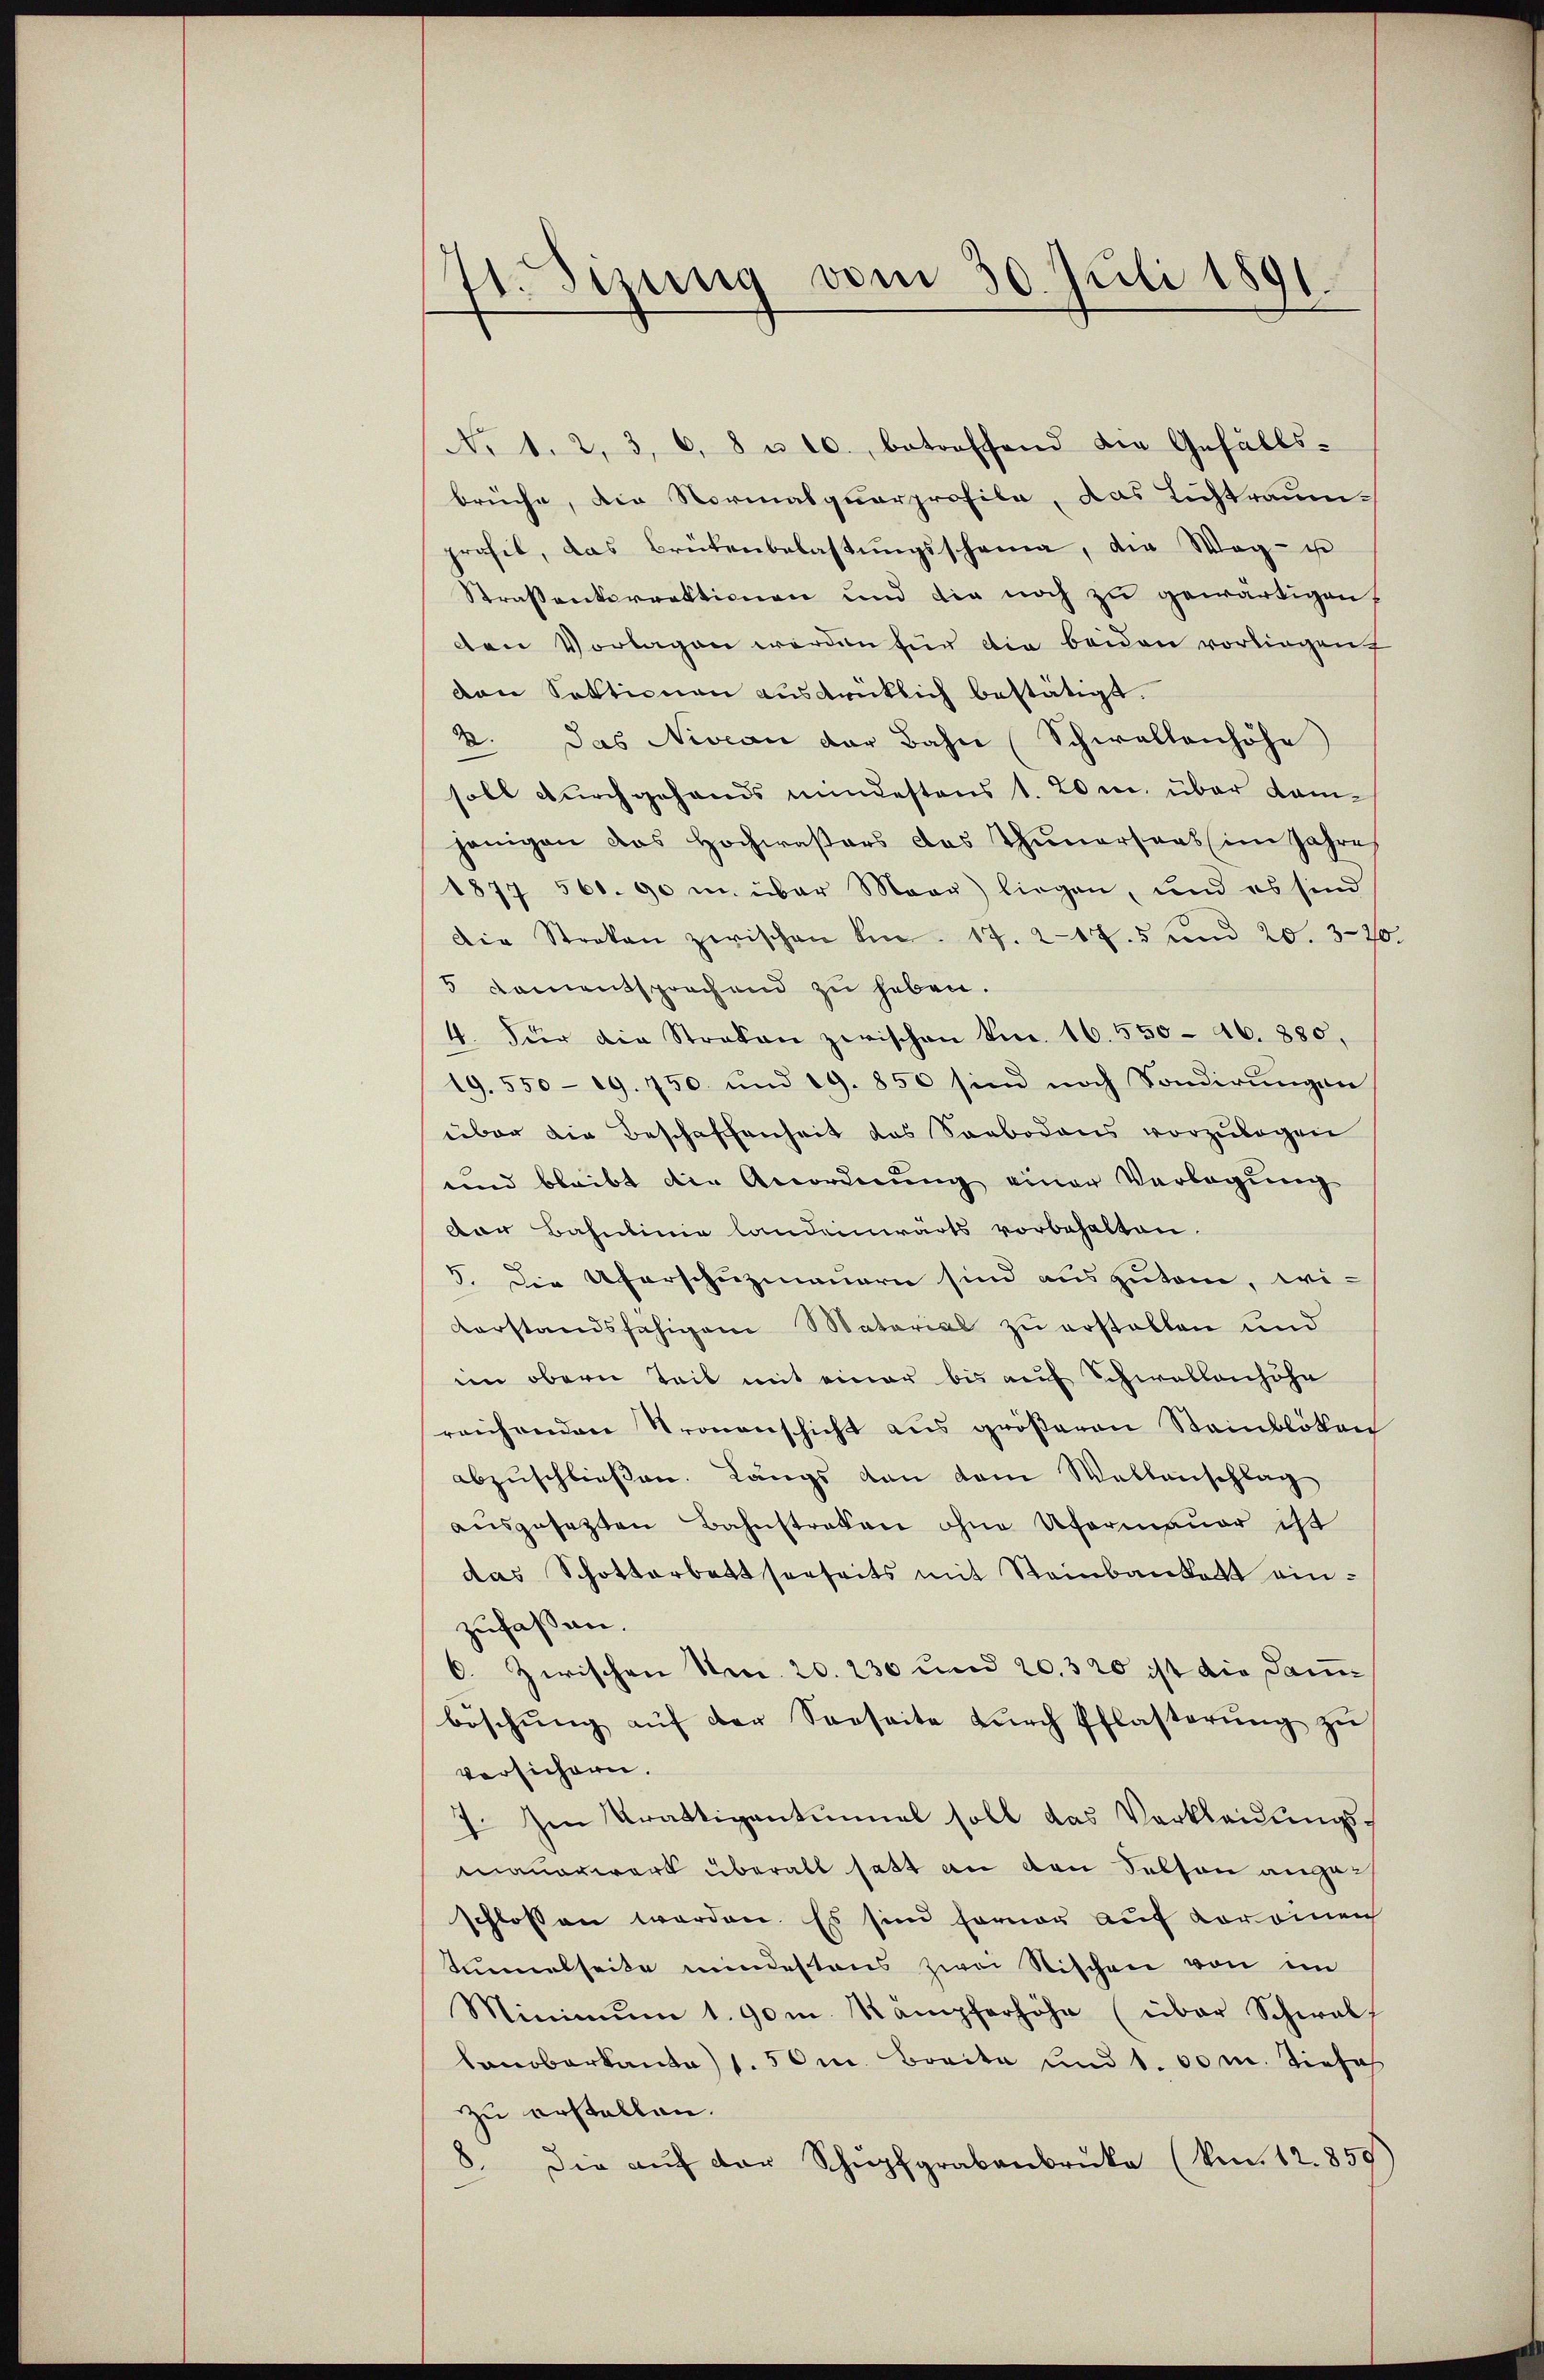
71. Sizung vom 30. Juli 1891.

No 1. 2, 3, 6, 8 u. 10. betreffend die Gefällsbrüche, die Normalquarprofila, das Lichtraum-
profit, das Brütenbelastŭngsschema, die Weg- u
Strassenkorrektionen und die noch zu gewärtigen,
den Vorlagen werden für die beiden vorliegen
den Sektionen ausdrüklich bestätigt.
2. Das Niveau der Bahn (Schwellenhöhe
soll durchgehands mindestens 1. 20 m über Kamhänigen das Hochwassers das Thunersaat im Jahre
1877 561. 90 u. über Maar) liegen, und es sind
Die Streken zwischen Anm. 17. 217. 5 und 20. 370.
5 Damentsprechend zu haben.
4. Für die Straban zwischen kn. 16. 550 - 46. 880,
19.550-19. 750 und 19. 850 sind noch Sondirungen
über die Beschaffenheit das Sarbodens vorzulegen
und bleibt die Anordnung einer Verlegung
Der Bahnlinie landeinwärts vorbehalten.
5. Die Uferschuzmauern sind auszutam, wi¬
Vorstandsfähigem Material zu erstellen und
im obern Teil mit einer bis auf Schwellenhöhe
reichenden Stronenschicht aus größeren Steinblöten
abzuschließen. Längs von dem Wallenschlag
aŭsgesetzten Bahnstraken ohne Ufermauer ist
das Schottarbattserseits mit Steinbankett einzufassen.
6. Zwischen Nr. 20. 230 und 20. 320 ist die dann
böschŭng aŭf der Seeseite dŭrch Pflasterŭng zŭ
versichern.
1. Im Krattigentunnel soll das Verkleidungs-
mauerwart überall hatt an den Solson angeschlossen werden. Es sind ferner auf vor einen
Tunnelseite mindestens zwei Stischen von in
Minimum 1. 90m Kämpferhöhe (über Schwalf
Lanoberkanto) 1.50m Breite und 1. 60 m. Tiefes
zu erstellen.
8. Die aŭf der Schüpfgrabenbrüke (S. 12. 859)